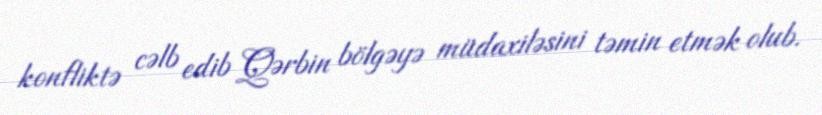
konfliktə cəlb edib Qərbin bölgəyə müdaxiləsini təmin etmək olub.